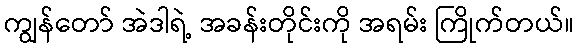
ကျွန်တော် အဲဒါရဲ့ အခန်းတိုင်းကို အရမ်း ကြိုက်တယ်။